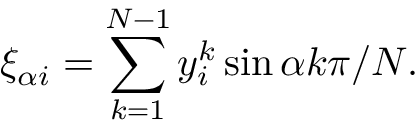
\xi _ { \alpha i } = \sum _ { k = 1 } ^ { N - 1 } y _ { i } ^ { k } \sin \alpha k \pi / N .